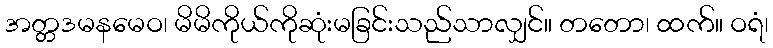
အတ္တဒမနမေဝ၊ မိမိကိုယ်ကိုဆုံးမခြင်းသည်သာလျှင်။ တတော၊ ထက်။ ဝရံ၊